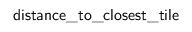
\mathsf { d i s t a n c e \_ t o \_ c l o s e s t \_ t i l e }